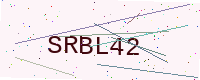
Text: SRBL42